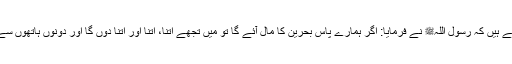
1589: سیدنا جابر بن عبد اللہؓ کہتے ہیں کہ رسول اللہﷺ نے فرمایا: اگر ہمارے پاس بحرین کا مال آئے گا تو میں تجھے اتنا، اتنا اور اتنا دوں گا اور دونوں ہاتھوں سے اشارہ کیا (یعنی تین لپ بھر کر)۔